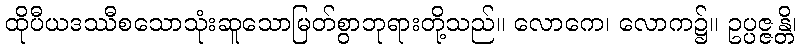
ထိုပီယဒဿီစသောသုံးဆူသောမြတ်စွာဘုရားတို့သည်။ လောကေ၊ လောက၌။ ဥပ္ပဇ္ဇန္တိ၊